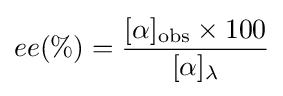
ee(\%)={\frac {[\alpha ]_{\text{obs}}\times 100}{[\alpha ]_{\lambda }}}